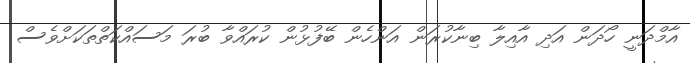
އާމްދަނީ ހޯދަން އަދި އާއިލާ ބިނާކުރަން އަންހެން ބޭފުޅުން ކުރައްވާ ބުރަ މަސައްކަތްތަކަށްވެސް